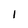
Character: I